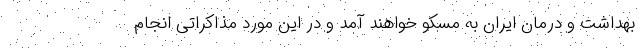
بهداشت و درمان ایران به مسکو خواهند آمد و در این مورد مذاکراتی انجام